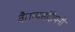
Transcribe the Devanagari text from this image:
वैराग्यसंदीपनी